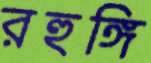
রহুঙ্গি